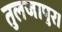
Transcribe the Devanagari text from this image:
तुलजापुर।